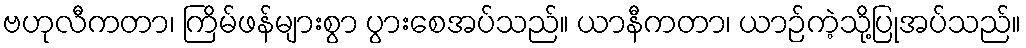
ဗဟုလီကတာ၊ ကြိမ်ဖန်များစွာ ပွားစေအပ်သည်။ ယာနီကတာ၊ ယာဉ်ကဲ့သို့ပြုအပ်သည်။